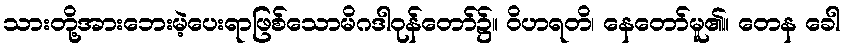
သားတို့အားဘေးမဲ့ပေးရာဖြစ်သောမိဂဒါဝုန်တော်၌။ ဝိဟရတိ၊ နေတော်မူ၏။ တေန ခေါ